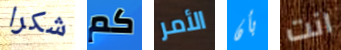
شكرا كم الأمر بأن انت